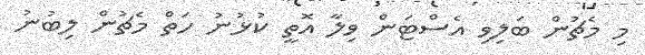
މި މެޗުން ބަލިވި އެސްޓަން ވިލާ އޮތީ ކުޅުނު ހަތް މެޗުން ލިބުނު